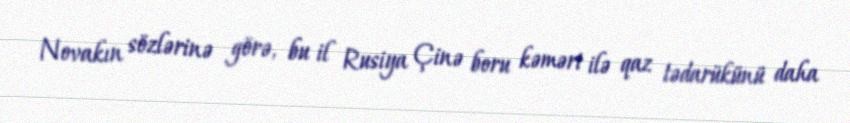
Novakın sözlərinə görə, bu il Rusiya Çinə boru kəməri ilə qaz tədarükünü daha